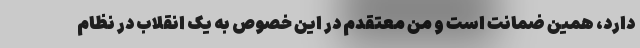
دارد، همین ضمانت است و من معتقدم در این خصوص به یک انقلاب در نظام